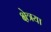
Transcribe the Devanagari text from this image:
क्षेत्रया